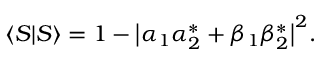
\langle S | S \rangle = 1 - \big | \alpha _ { 1 } \alpha _ { 2 } ^ { * } + \beta _ { 1 } \beta _ { 2 } ^ { * } \big | ^ { 2 } .